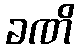
ခဏိ